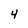
Character: 4